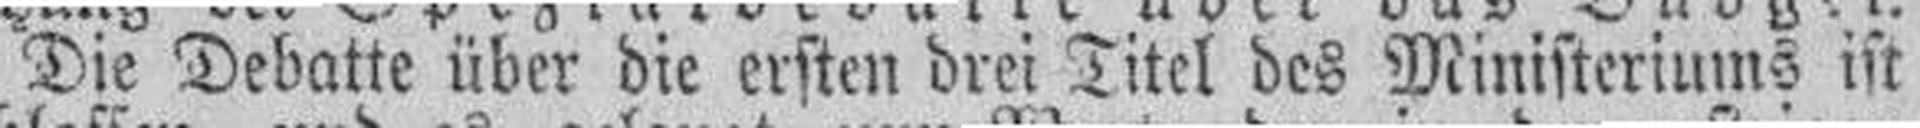
Die Debatte über die ersten drei Titel des Ministeriums ist